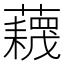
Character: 𧂻